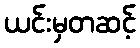
ယင်းမှတဆင့်